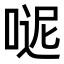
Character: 𠸽